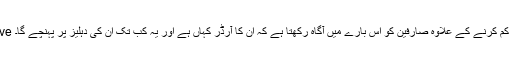
Rider ملٹی پوائنٹ پک اپ اور ڈراپ آف ماڈل کے اندر صارفین کے لئے Live ٹریکنگ کے پیچیدہ مسئلہ کو حل کرتا ہے، پیکیج کے بارے میں بے چینی کو کم کرنے کے علاوہ صارفین کو اس بارے میں آگاہ رکھتا ہے کہ ان کا آرڈر کہاں ہے اور یہ کب تک ان کی دہلیز پر پہنچے گا۔